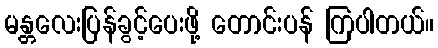
မန္တလေးပြန်ခွင့်ပေးဖို့ တောင်းပန် ကြပါတယ်။